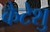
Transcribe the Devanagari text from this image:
कैटेशु